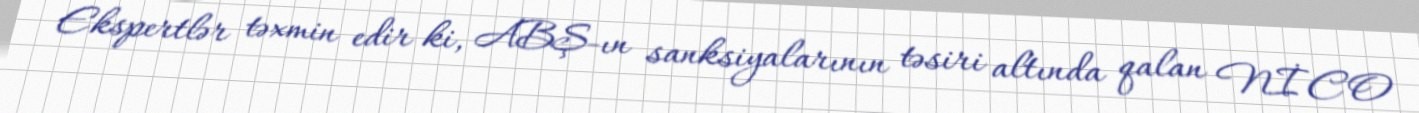
Ekspertlər təxmin edir ki, ABŞ-ın sanksiyalarının təsiri altında qalan NİCO